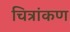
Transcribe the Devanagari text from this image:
चित्रांकण